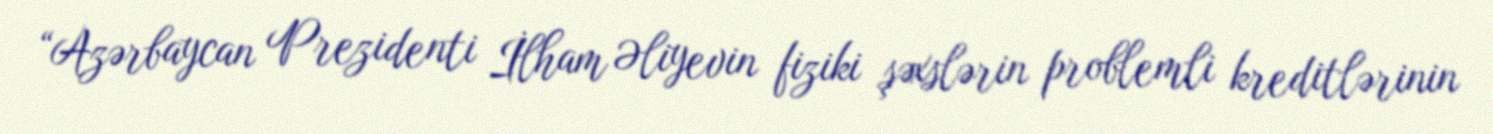
“Azərbaycan Prezidenti İlham Əliyevin fiziki şəxslərin problemli kreditlərinin